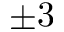
\pm 3